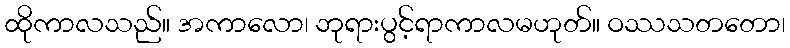
ထိုကာလသည်။ အကာလော၊ ဘုရားပွင့်ရာကာလမဟုတ်။ ဝဿသတတော၊